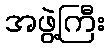
အဖွဲ့ကြီး